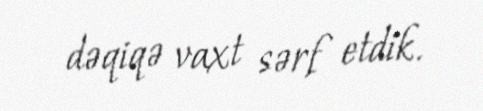
dəqiqə vaxt sərf etdik.